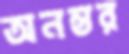
অনন্তর